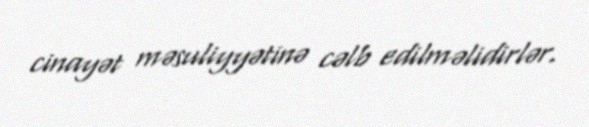
cinayət məsuliyyətinə cəlb edilməlidirlər.